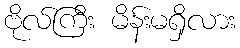
ဗိုလ်ကြီး မိန်းမရှိလား